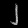
Digit: ၂